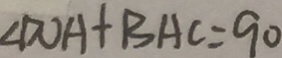
\angle D O A + B A C = 9 0